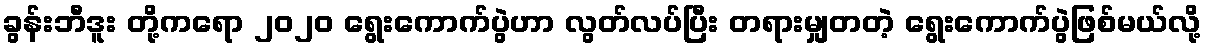
ခွန်းဘီဒူး တို့ကရော ၂၀၂၀ ရွေးကောက်ပွဲဟာ လွတ်လပ်ပြီး တရားမျှတတဲ့ ရွေးကောက်ပွဲဖြစ်မယ်လို့